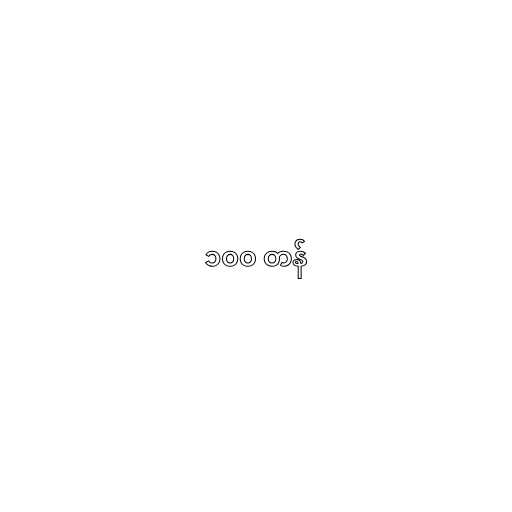
၁၀၀ တန်